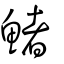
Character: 鯺